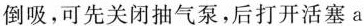
倒吸，可先关闭抽气泵，后打开活塞a